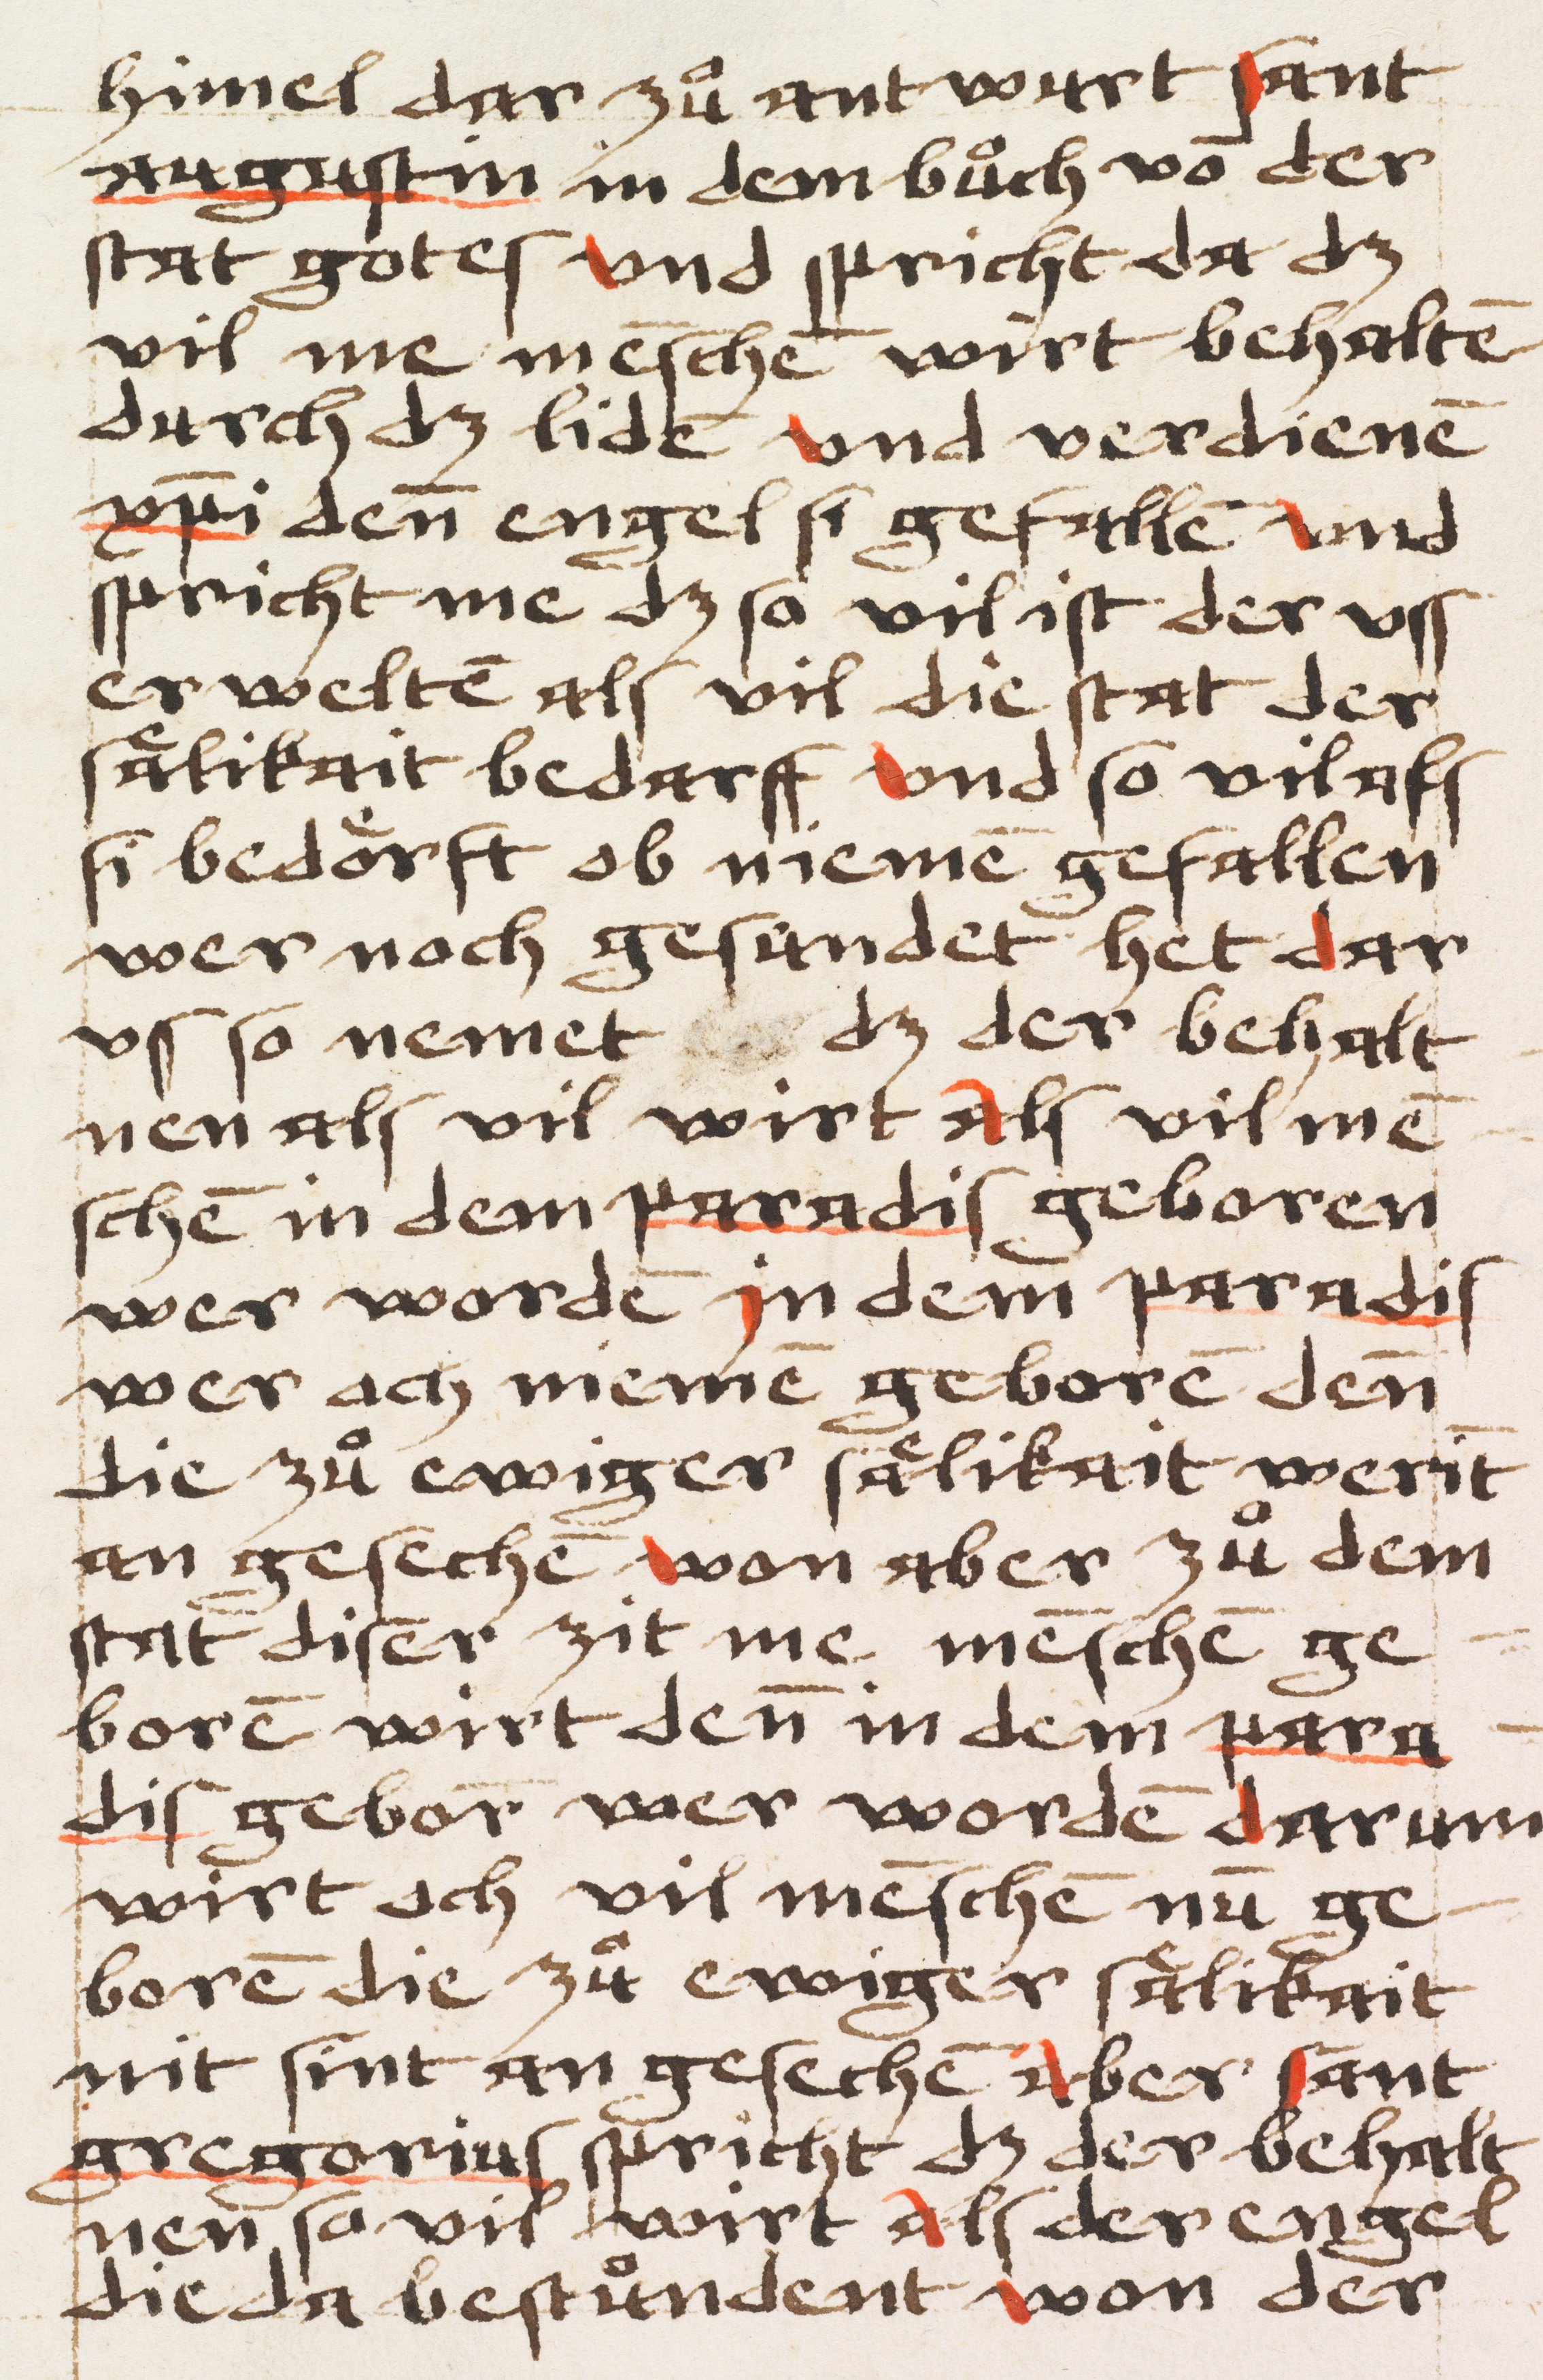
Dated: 1484–1484